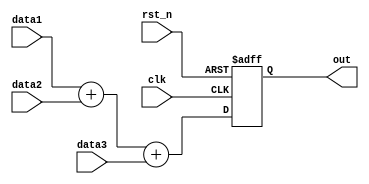
`timescale 1ns / 1ps

module ADDER(clk, rst_n, data1, data2, data3, out);
  input clk, rst_n;
  input [7:0] data1, data2, data3;
  output reg [9:0] out;//8bit     10bit
  
  always @(posedge clk or negedge rst_n) begin
    if(!rst_n) out <= 10'b0;//rst_n 0 out 0 
    else out <= data1 + data2 + data3;//rst_n 1 out data1, data2, data3 
  end
endmodule